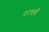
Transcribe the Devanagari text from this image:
दरचर्षी